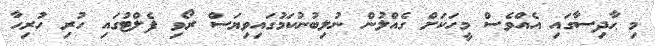
މި ޙާދިސާގައި އެއްވެސް މީހަކަށް ގެއްލުން ނުލިބުނުކަމުގައިވިޔަސް ރޯވި ފެލްޓުގައި ހުރި ހުރިހާ